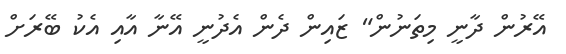
އޭރުން ދާނީ މިތަނުން" ޒައިން ދެން އެދުނީ އޭނާ އާއި އެކު ބޭރަށް